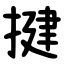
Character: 揵